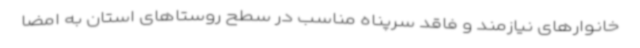
خانوارهای نیازمند و فاقد سرپناه مناسب در سطح روستاهای استان به امضا